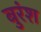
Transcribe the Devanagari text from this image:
बुरंश